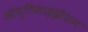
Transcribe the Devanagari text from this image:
ऑप्टिमाइझेशन